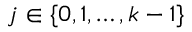
j \in \{ 0 , 1 , \ldots , k - 1 \}